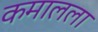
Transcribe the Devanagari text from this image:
कमालला